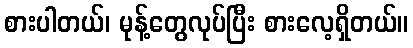
စားပါတယ်၊ မုန့်တွေလုပ်ပြီး စားလေ့ရှိတယ်။